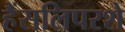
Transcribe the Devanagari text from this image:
हैंसलिपरशे